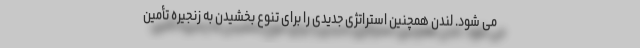
می شود. لندن همچنین استراتژی جدیدی را برای تنوع بخشیدن به زنجیره تأمین